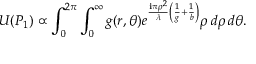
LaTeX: U ( P _ { 1 } ) \propto \int _ { 0 } ^ { 2 \pi } \int _ { 0 } ^ { \infty } g ( r , \theta ) e ^ { { \frac { \mathbf { i } \pi \rho ^ { 2 } } { \lambda } } \left( { \frac { 1 } { g } } + { \frac { 1 } { b } } \right) } \rho \, d \rho \, d \theta .